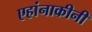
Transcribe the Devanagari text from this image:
एहांनाकीनी